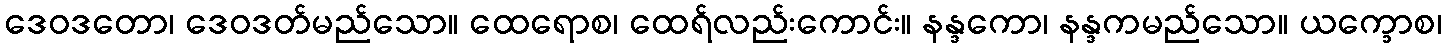
ဒေဝဒတော၊ ဒေဝဒတ်မည်သော။ ထေရောစ၊ ထေရ်လည်းကောင်း။ နန္ဒကော၊ နန္ဒကမည်သော။ ယက္ခောစ၊